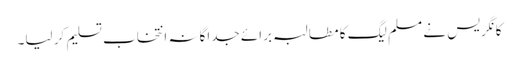
کانگریس نے مسلم لیگ کا مطالبہ برائے جداگانہ انتخاب تسلیم کر لیا۔